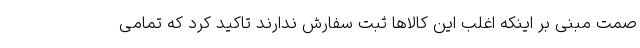
صمت مبنی بر اینکه اغلب این کالاها ثبت سفارش ندارند تاکید کرد که تمامی